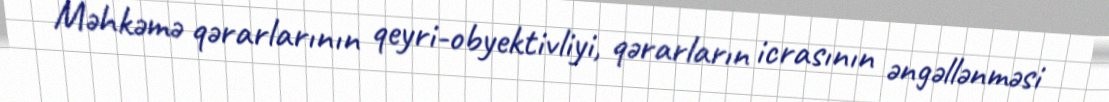
Məhkəmə qərarlarının qeyri-obyektivliyi, qərarların icrasının əngəllənməsi